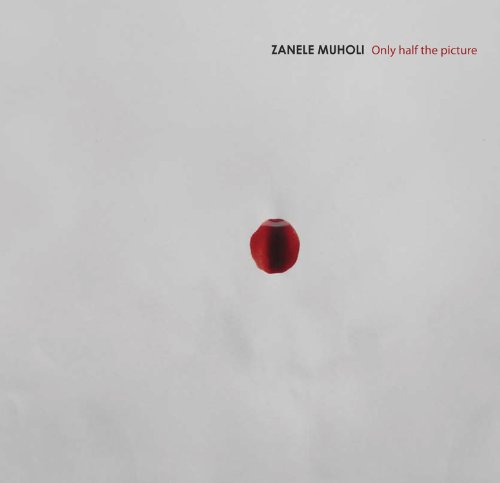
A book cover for Zanele Muholi: Only Half the Picture; Zanele Muholi; Arts & Photography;